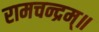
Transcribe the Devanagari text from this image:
रामचन्द्रम्॥